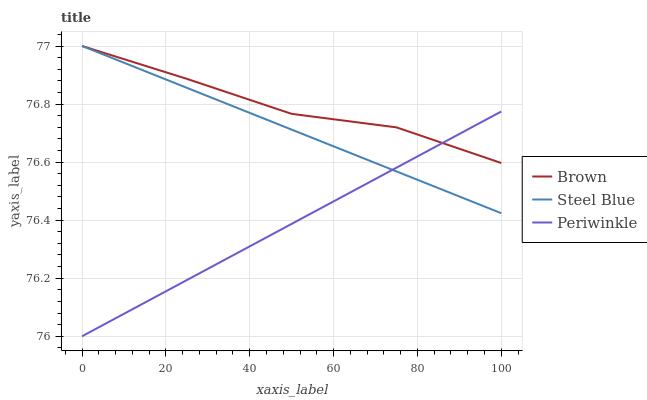
| xaxis_label | Brown | Steel Blue | Periwinkle |
 | --- | --- | --- | --- |
 | 0 | 77 | 77 | 76 |
 | 25 | 76.9 | 76.9 | 76.2 |
 | 50 | 76.8 | 76.7 | 76.4 |
 | 75 | 76.7 | 76.6 | 76.6 |
 | 100 | 76.6 | 76.4 | 76.8 |